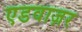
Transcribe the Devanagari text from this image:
एडवाज़र